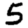
Digit: 5